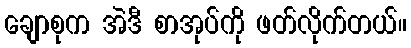
ချောစုက အဲဒီ စာအုပ်ကို ဖတ်လိုက်တယ်။